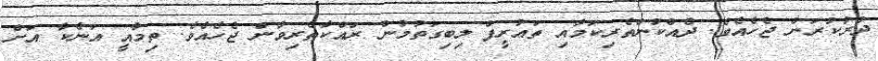
ދުރުކުރަން ޖެހެއެވެ. ދެއްކުންތެރިކަމާއި ތައުރީފް ލިބިގަތުމުން ރައްކާތެރިވާން ޖެހެއެވެ. ތިމާއީ އަނެކާ އަށް